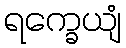
ရက္ခေယျံ